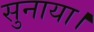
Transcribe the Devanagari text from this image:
सुनाया।